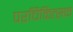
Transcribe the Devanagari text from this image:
परचिकित्सक